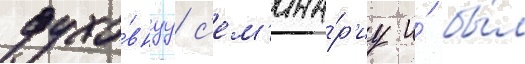
духо́внуу с'ем'ина́р'иу и́ бы́л